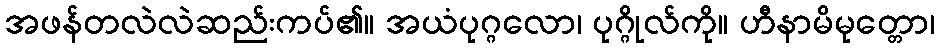
အဖန်တလဲလဲဆည်းကပ်၏။ အယံပုဂ္ဂလော၊ ပုဂ္ဂိုလ်ကို။ ဟီနာမိမုတ္တော၊